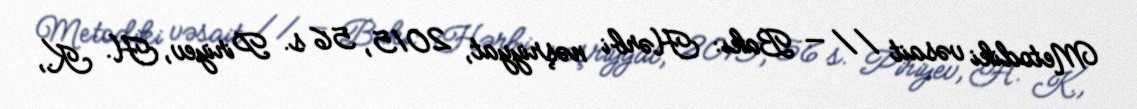
Metodiki vəsait // — Bakı: Hərbi nəşriyyat, 2015, 56 s. Piriyev, H. K.,